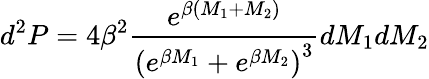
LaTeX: d^{2}P=4\beta^{2}\frac{e^{\beta(M_{1}+M_{2})}}{\left(e^{\beta M_{1}}+e^{\beta M_{2}}\right)^{3}}dM_{1}dM_{2}